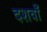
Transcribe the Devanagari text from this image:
दशवाँ